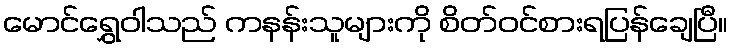
မောင်ရွှေဝါသည် ကနန်းသူများကို စိတ်ဝင်စားရပြန်ချေပြီ။